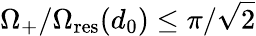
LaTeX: \Omega_{+}/\Omega_{\mathrm{res}}(d_{0})\leq\pi/\sqrt{2}